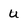
Character: u